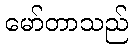
မော်တာသည်